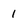
Character: 1